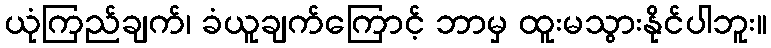
ယုံကြည်ချက်၊ ခံယူချက်ကြောင့် ဘာမှ ထူးမသွားနိုင်ပါဘူး။